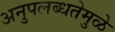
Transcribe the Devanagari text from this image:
अनुपलब्धतेमुळे